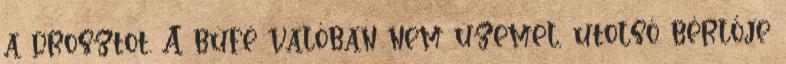
a drosztot. A büfé valóban nem üzemel, utolsó bérlője